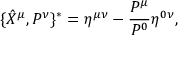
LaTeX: \{ \hat { X } ^ { \mu } , P ^ { \nu } \} ^ { * } = \eta ^ { \mu \nu } - \frac { P ^ { \mu } } { P ^ { 0 } } \eta ^ { 0 \nu } ,